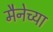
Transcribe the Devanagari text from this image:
मैनेच्या